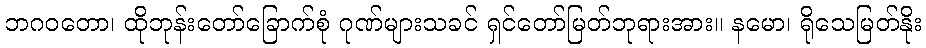
ဘဂဝတော၊ ထိုဘုန်းတော်ခြောက်စုံ ဂုဏ်များသခင် ရှင်တော်မြတ်ဘုရားအား။ နမော၊ ရိုသေမြတ်နိုး